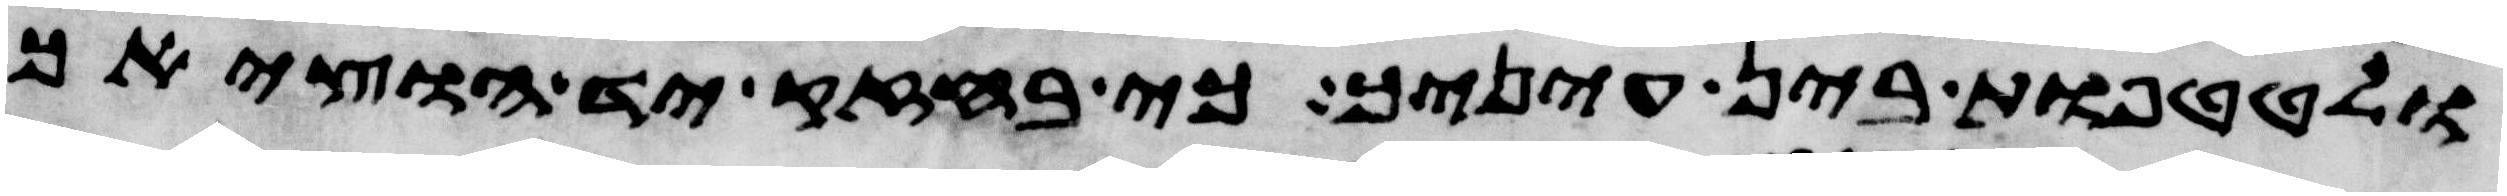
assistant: ולטטפות בין עיניך כי בחזק יד הוציאך